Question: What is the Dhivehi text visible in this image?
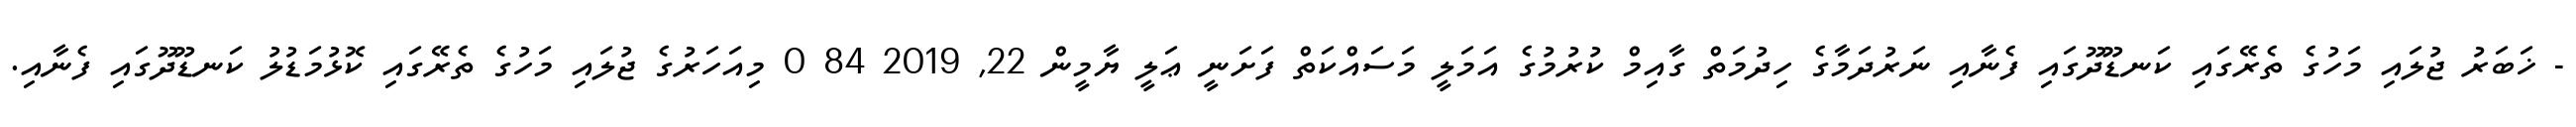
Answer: - ޚަބަރު ޖުލައި މަހުގެ ތެރޭގައި ކަނޑޫދޫގައި ފެނާއި ނަރުދަމާގެ ހިދުމަތް ގާއިމް ކުރުމުގެ އަމަލީ މަސައްކަތް ފަށަނީ ޢަލީ ޔާމީން 22, 2019 84 0 މިއަހަރުގެ ޖުލައި މަހުގެ ތެރޭގައި ކޮޅުމަޑުލު ކަނޑޫދޫގައި ފެނާއި.